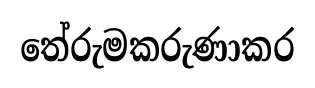
තේරුමකරුණාකර